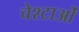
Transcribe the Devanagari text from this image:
चेश्टाओं